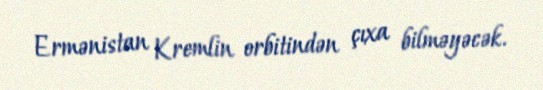
Ermənistan Kremlin orbitindən çıxa bilməyəcək.